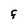
Character: F